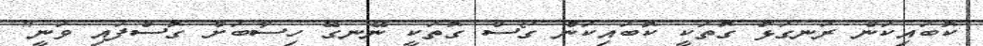
ކޮބައިކަން ރަނގަޅު ގޮތަކީ ކޮބައިކަން ގޯސް ގޮތަކީ ނޭނގޭ ހިސާބަށް ގޮސްފައި ވަނީ"